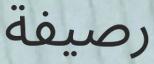
رصيفة